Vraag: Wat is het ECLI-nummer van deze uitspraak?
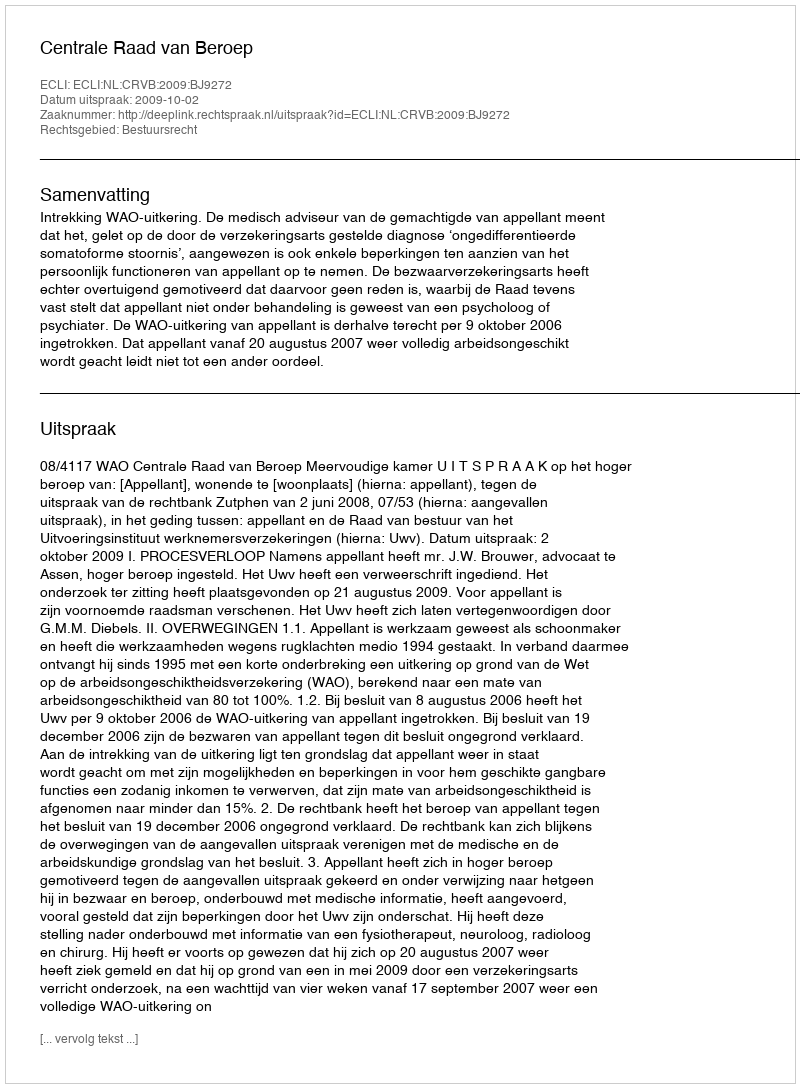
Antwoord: ECLI:NL:CRVB:2009:BJ9272